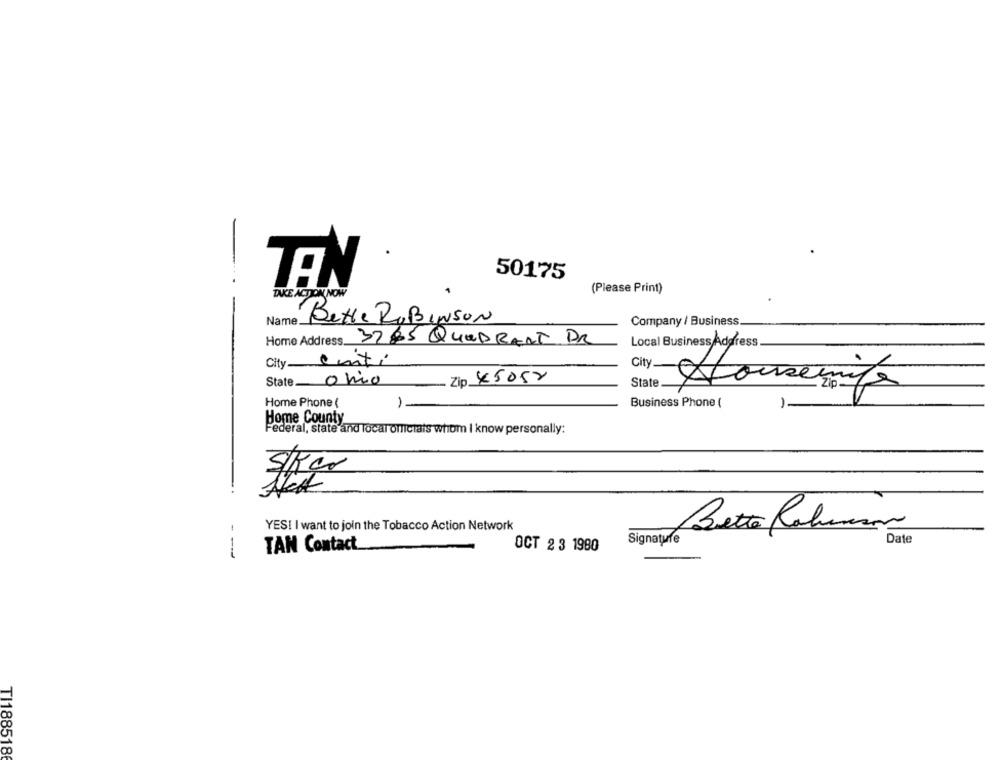
50175
(Please Print)
TAKE ACTION NOW
Bette ROBINSON
Name.
Company / Business
Home Address 3285 QUADRANT. DR
Local Business Address
City Centi
State Ohio
Zip 45052
State
Housemita
Home Phone (
Business Phone (
1-
1-
Bome County
Federal, state and local oficiais whom I know personally:
S/kg
YES! I want to join the Tobacco Action Network
Bette Robinson
Date
TAN Contact
OCT 2 3 1980
Signature
--
TI188518